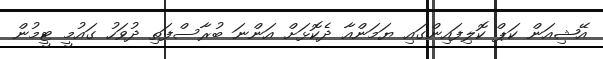
އޭޝިއަން ކަޕް ކޮލިފައިންގައި ޔަމަންއާ ދެކޮޅަށް އަންނަ ބުރާސްފަތި ދުވަހު ގައުމީ ޓީމުން